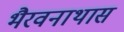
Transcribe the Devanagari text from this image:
भैरवनाथास